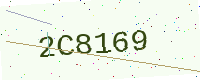
Text: 2C8169